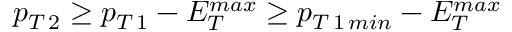
p _ { T \, 2 } \geq p _ { T \, 1 } - E _ { T } ^ { m a x } \geq p _ { T \, 1 \, m i n } - E _ { T } ^ { m a x }